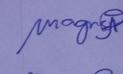
Signature authenticity: genuine